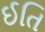
ઈતિ